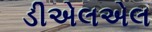
ડીએલએલ